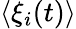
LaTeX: \langle\xi_{i}(t)\rangle